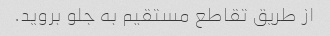
از طریق تقاطع مستقیم به جلو بروید.